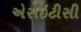
એસઇટીસી